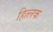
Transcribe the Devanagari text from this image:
हित्लक